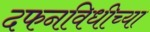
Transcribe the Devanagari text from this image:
दफनविधीच्या